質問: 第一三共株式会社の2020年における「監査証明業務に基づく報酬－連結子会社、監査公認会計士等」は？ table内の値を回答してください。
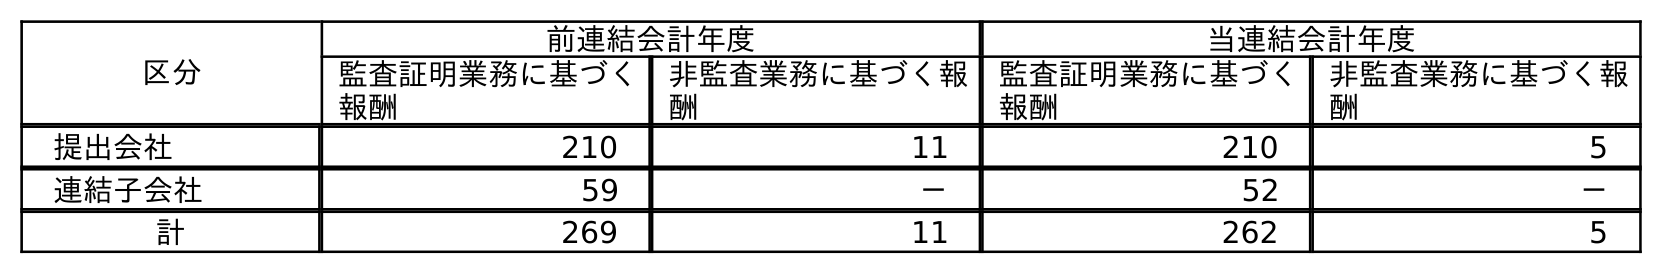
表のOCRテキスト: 区分 前連結会計年度 当連結会計年度 監査証明業務に基づく 報酬 非監査業務に基づく報 酬 監査証明業務に基づく 報酬 非監査業務に基づく報 酬 提出会社 210 11 210 5 連結子会社 59 － 52 － 計 269 11 262 5
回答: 52